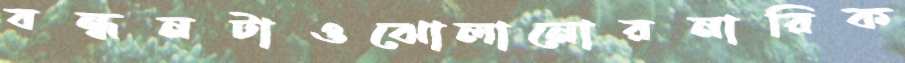
বন্ধনটাওঝোলানোরনারিক